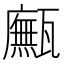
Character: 𤮢